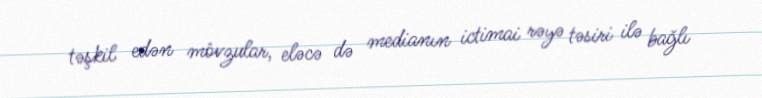
təşkil edən mövzular, eləcə də medianın ictimai rəyə təsiri ilə bağlı